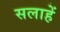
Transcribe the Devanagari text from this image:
सलाहें